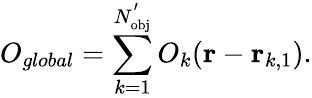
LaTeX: O_{global}=\sum_{k=1}^{N_{\mathrm{{obj}}}^{'}}O_{k}(\mathbf{r}-\mathbf{r}_{k,1}).